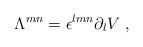
LaTeX: \begin{align*}\Lambda^{m n} = \epsilon^{l m n} \partial_l V \; ,\end{align*}